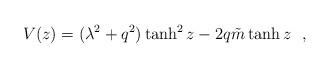
LaTeX: \begin{align*}V(z)=(\lambda^2+q^2)\tanh^2z-2q{\tilde{m}} \tanh z~~,\end{align*}